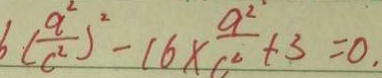
6 ( \frac { a ^ { 2 } } { c ^ { 2 } } ) ^ { 2 } - 1 6 \times \frac { a ^ { 2 } } { c ^ { 2 } } + 3 = 0 .